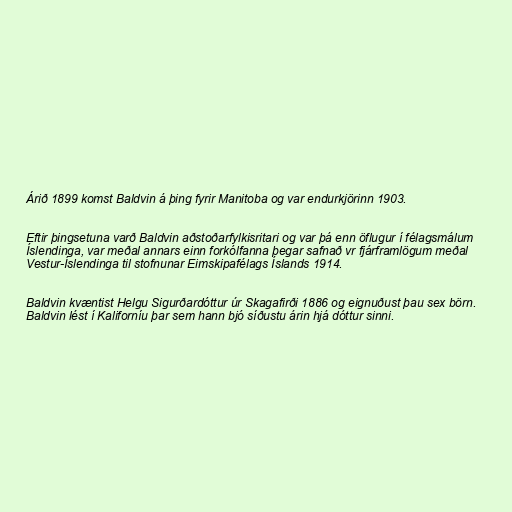
Árið 1899 komst Baldvin á þing fyrir Manitoba og var endurkjörinn 1903.

Eftir þingsetuna varð Baldvin aðstoðarfylkisritari og var þá enn öflugur í félagsmálum
Íslendinga, var meðal annars einn forkólfanna þegar safnað vr fjárframlögum meðal
Vestur-Íslendinga til stofnunar Eimskipafélags Íslands 1914.

Baldvin kvæntist Helgu Sigurðardóttur úr Skagafirði 1886 og eignuðust þau sex börn.
Baldvin lést í Kaliforníu þar sem hann bjó síðustu árin hjá dóttur sinni.